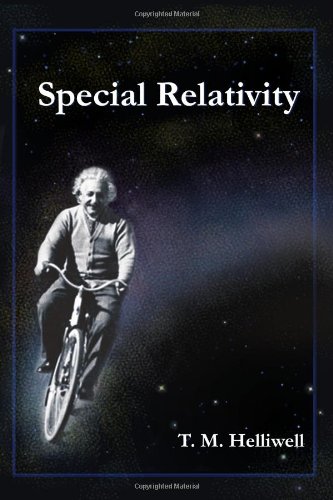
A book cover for Special Relativity; T.M. Helliwell; Science & Math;